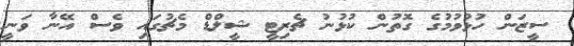
ސީޒަން ހުޅުވުމުގެ ގޮތުން ކުޅުނު ޗެރިޓީ ޝީލްޑް މެޗުގައި ވެސް އޭނާ ވަނީ